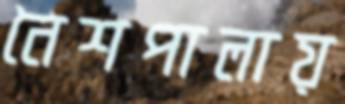
নৈশপালায়